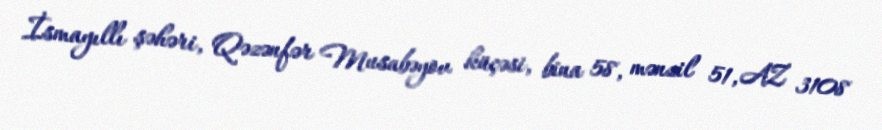
İsmayıllı şəhəri, Qəzənfər Musabəyov küçəsi, bina 58, mənzil 51, AZ 3108